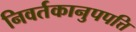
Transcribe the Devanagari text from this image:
निवर्तकानुपपत्ति